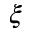
\xi